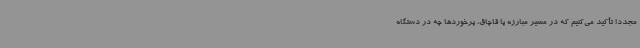
مجدداً تأکید می‌کنیم که در مسیر مبارزه با قاچاق، برخوردها چه در دستگاه